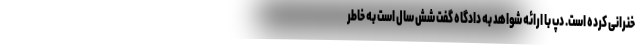
خنرانی کرده است. دپ با ارائه شواهد به دادگاه گفت شش سال است به خاطر